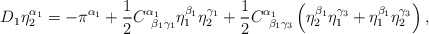
\begin{align*}D_1\eta _2^{\alpha _1}=-\pi ^{\alpha _1}+\frac 12C_{\;\;\beta_1\gamma _1}^{\alpha _1}\eta _1^{\beta _1}\eta _2^{\gamma _1}+\frac12C_{\;\;\beta _1\gamma _3}^{\alpha _1}\left( \eta _2^{\beta _1}\eta_1^{\gamma _3}+\eta _1^{\beta _1}\eta _2^{\gamma _3}\right) ,\end{align*}